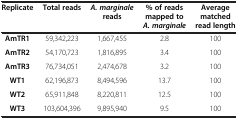
| Replicate | Total reads | A. marginalereads | % of reads mapped toA. marginale | Average matched read length |
 | --- | --- | --- | --- | --- |
 | AmTR1 | 59,342,223 | 1,667,455 | 2.8 | 100 |
 | AmTR2 | 54,170,723 | 1,816,895 | 3.4 | 100 |
 | AmTR3 | 76,734,051 | 2,474,678 | 3.2 | 100 |
 | WT1 | 62,196,873 | 8,494,596 | 13.7 | 100 |
 | WT2 | 65,911,848 | 8,220,811 | 12.5 | 100 |
 | WT3 | 103,604,396 | 9,895,940 | 9.5 | 100 |